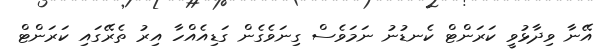
އޭނާ ވިދާޅުވީ ކަރަންޓް ކެނޑުނު ނަމަވެސް ގިނަވެގެން ގަޑިއެއްހާ އިރު ތެރޭގައި ކަރަންޓް